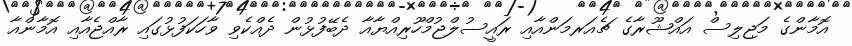
އޮމާންގެ މަޖިލިސް އައްޝޫރާގެ ޗެއަރމަންއާއި ރައީސުލްޖުމްހޫރިއްޔާއާ ދެބޭފުޅުން ދެއްކެވި ވާހަކަފުޅުގައި ރާއްޖެއާއި އޮމާންއާ